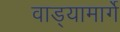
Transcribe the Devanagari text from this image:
वाड्यामार्गे